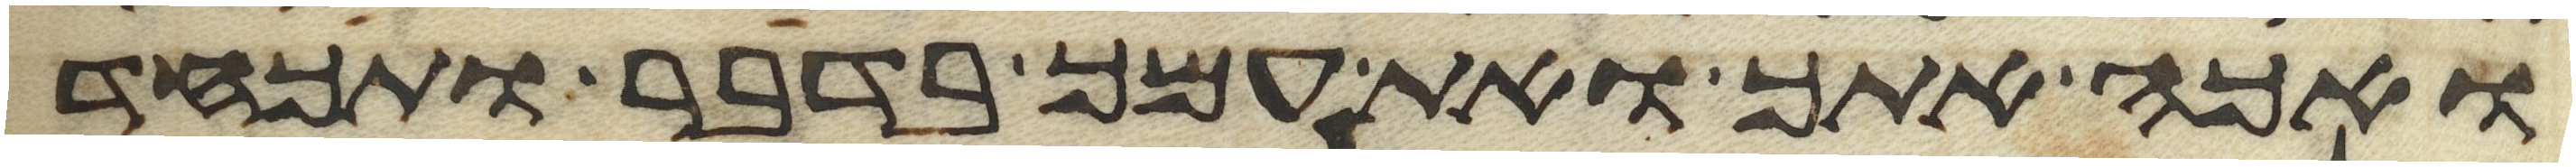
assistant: ואכה אתך ואת עמך בדבר ותכחד